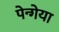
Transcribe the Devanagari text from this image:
पेन्गेया